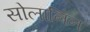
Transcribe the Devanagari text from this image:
सोलानिन